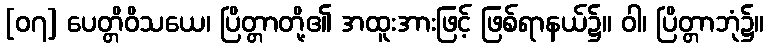
[၀၇] ပေတ္တိဝိသယေ၊ ပြိတ္တာတို့၏ အထူးအားဖြင့် ဖြစ်ရာနယ်၌။ ဝါ၊ ပြိတ္တာဘုံ၌။